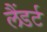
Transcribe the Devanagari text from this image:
लैंडर्ट